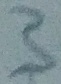
Text: 3